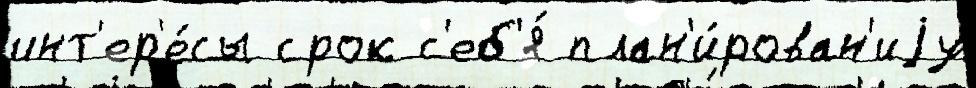
инт'ер'е́сы срок с'еб'я́ план'и́рован'иjу